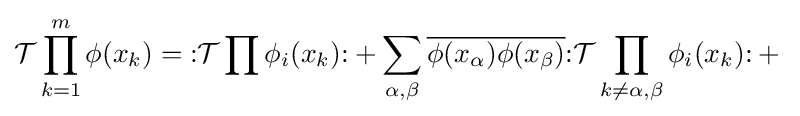
{\mathcal {T}}\prod _{k=1}^{m}\phi (x_{k})={\mathopen {:}}{\mathcal {T}}\prod \phi _{i}(x_{k}){\mathclose {:}}+\sum _{\alpha ,\beta }{\overline {\phi (x_{\alpha })\phi (x_{\beta })}}{\mathopen {:}}{\mathcal {T}}\prod _{k\not =\alpha ,\beta }\phi _{i}(x_{k}){\mathclose {:}}+{}